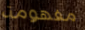
مفهومة